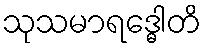
သုသမာရဒ္ဓေါတိ